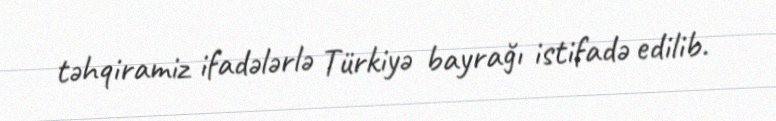
təhqiramiz ifadələrlə Türkiyə bayrağı istifadə edilib.